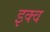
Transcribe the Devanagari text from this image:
इक्व